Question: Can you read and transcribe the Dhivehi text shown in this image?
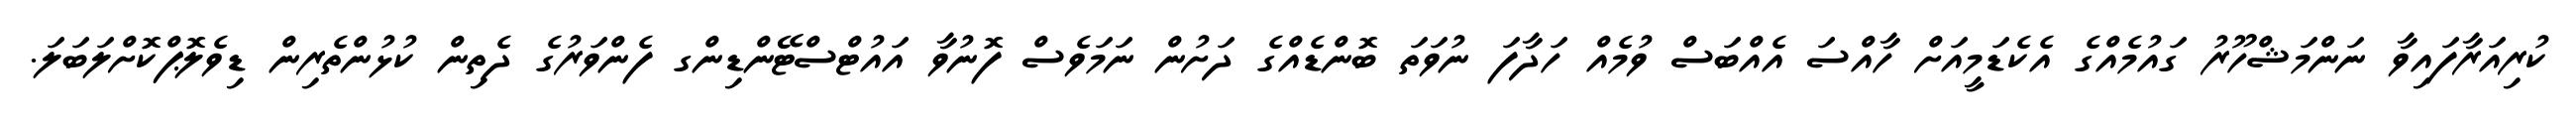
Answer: ކުރިއަރާފައިވާ ނަންމަޝްހޫރު ގައުމެއްގެ އެކެޑަމީއަށް ހާއްސަ އެއްބަސް ވުމެއް ހަދާފަ ނުވަތަ ބޮންޑެއްގެ ދަށުން ނަމަވެސް ފޮނުވާ އައުޓްސްޓޭންޑިންގ ފެންވަރުގެ ދެތިން ކުޅުންތެރިން ޑިވެލޮޕްކޮށްލަބަލަ.